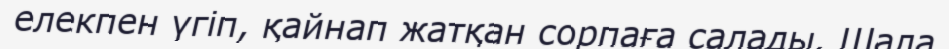
елекпен үгіп, қайнап жатқан сорпаға салады. Шала